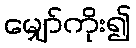
မျှော်ကိုး၍